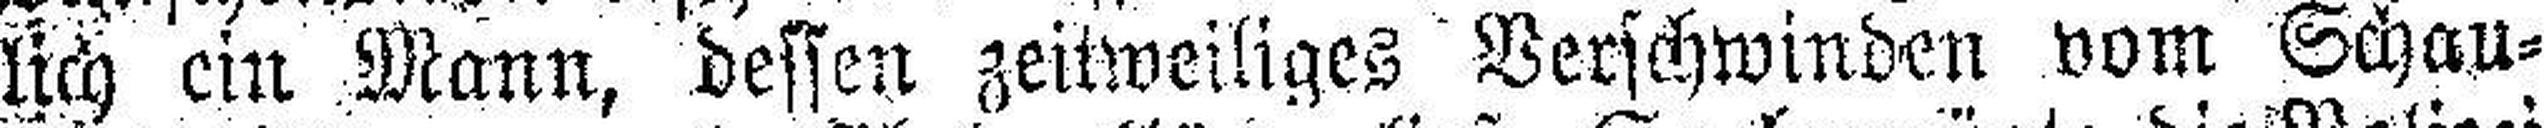
lich ein Mann, dessen zeitweiliges Verschwinden vom Schau¬